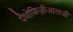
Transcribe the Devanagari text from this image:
पैथोफिज़ीआलजी